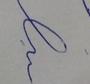
Signature authenticity: forged